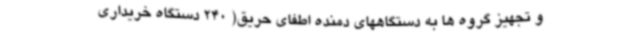
و تجهیز گروه ها به دستگاههای دمنده اطفای حریق( 240 دستگاه خریداری